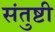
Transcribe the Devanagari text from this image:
संतुष्टी